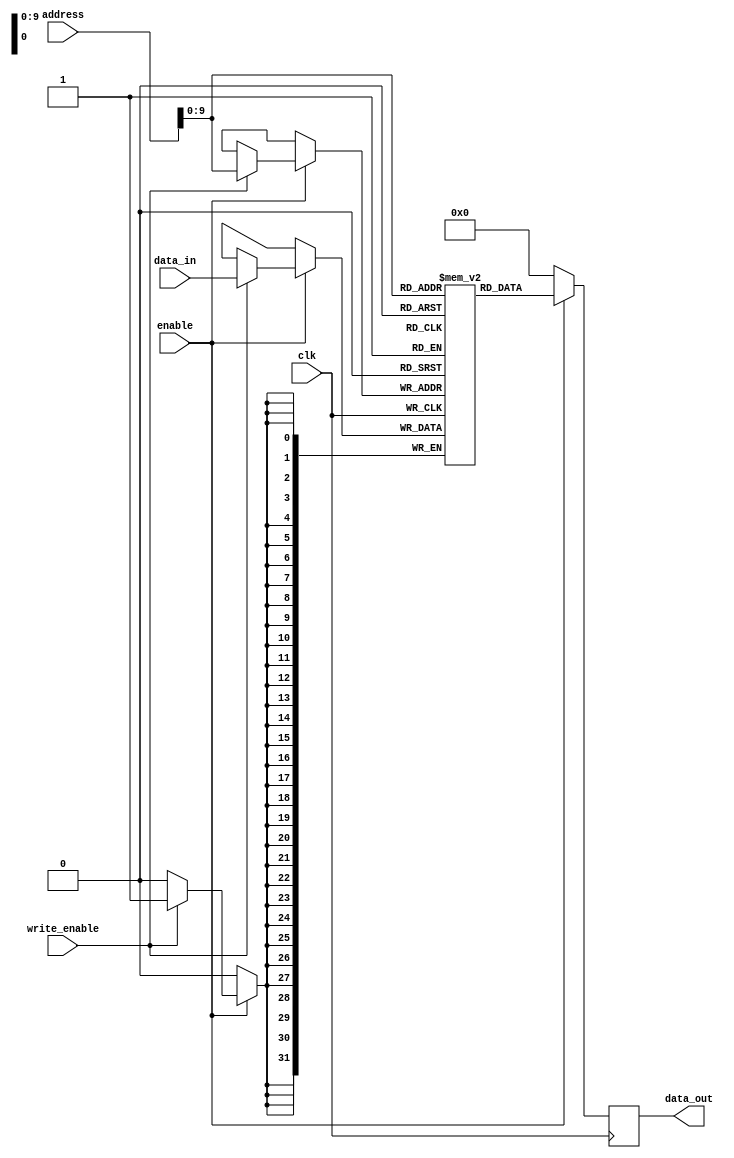
module DRAM(
    input wire enable,
    input wire clk,
    input wire [31:0] address,
    input wire write_enable,
    input wire [31:0] data_in,
    output reg [31:0] data_out
);

reg [31:0] memory[0:1023]; // Assuming 1024 memory blocks
reg [31:0] read_data;

always @(posedge clk) begin
    if(enable) begin
        if(write_enable) begin
            memory[address] <= data_in;
        end
        read_data <= memory[address];
    end else begin
        read_data <= 32'b0; // Reset read data if memory is disabled
    end
end

assign data_out = read_data;

endmodule